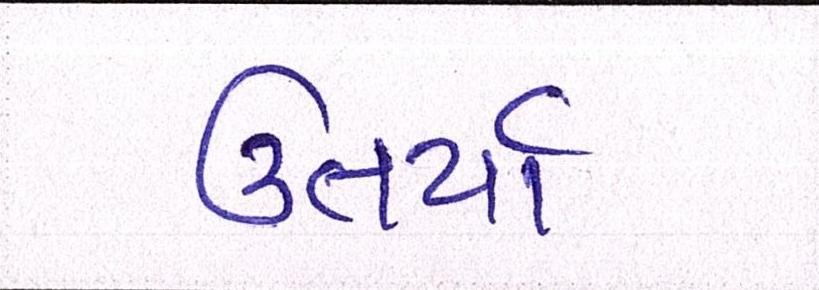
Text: ઉતર્યા